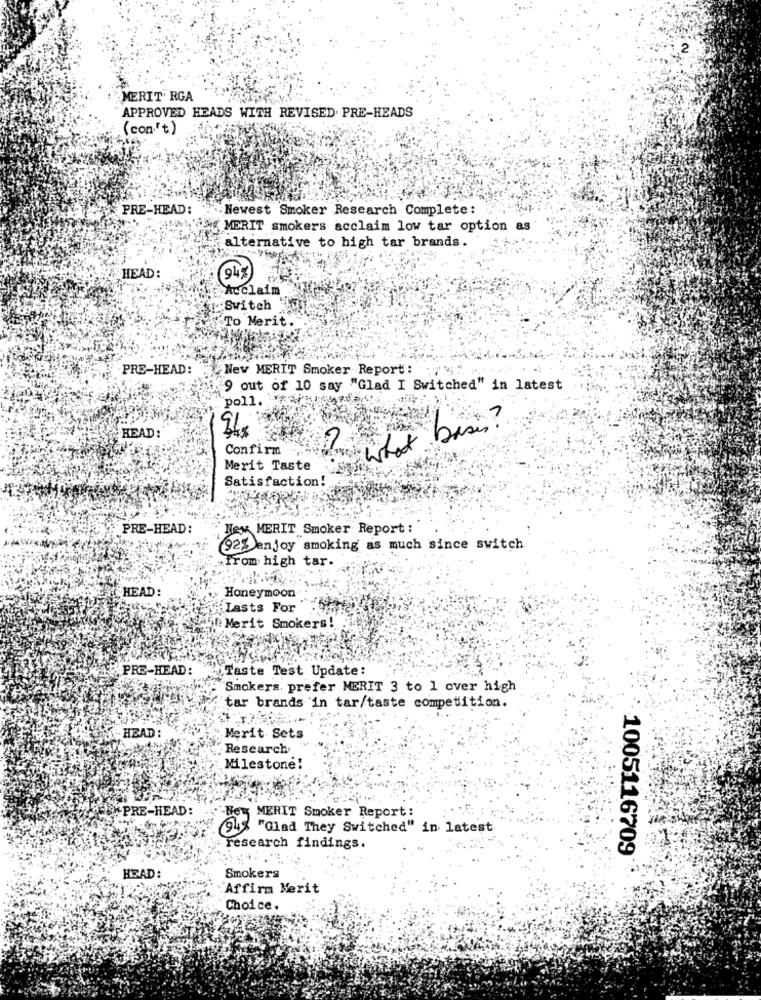
MERIT' RGA
APPROVED HEADS WITH REVISED. PRE-HEADS
(con."t)
PRE-HEAD:
. . Newest Smoker Research Complete:
MY MERIT smokers acclaim low tar option as
alternative to high tar brands.
HEAD:
94
Acclaim
Switch
To Merit.
PRE-HEAD:
New MERIT Smoker Report :
9 out of 10 say "Glad I Switched" in latest
poll. *** it;
? ly bises?
HEAD:
Confirm
Merit Taste
Satisfaction!
PRE-HEAD:
Hey MERIT Smoker Report :
92% enjoy smoking as much since switch
.from high tar.
HEAD:
Honeymoon
Lasts For
@ Merit Smokers!
PRE-HEAD:
Taste Test Update:
Smokers, prefer MERIT 3 to 1 over high
tar brands in tar/taste competition.
.HEAD :
Merit Sets
.Research
Milestone!
PRE-HEAD:
-Be
MERIT Smoker Report:
54
"Glad They Switched" in latest
research findings.
1005116709
HEAD:
Smokers
Affirm Merit
Choice.